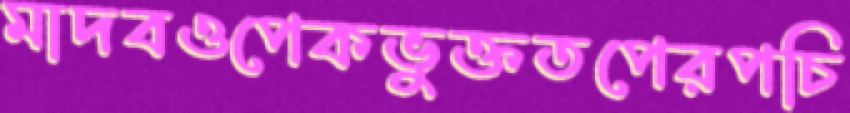
মাদবওপেকভুক্ততপেরপচি